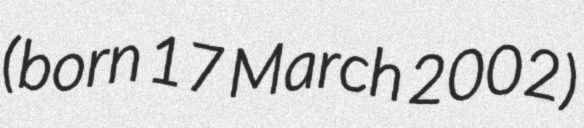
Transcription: (born 17 March 2002)